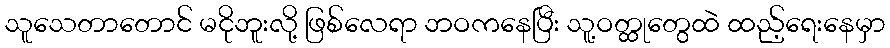
သူသေတာတောင် မငိုဘူးလို့ ဖြစ်လေရာ ဘဝကနေပြီး သူ့ဝတ္ထုတွေထဲ ထည့်ရေးနေမှာ